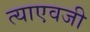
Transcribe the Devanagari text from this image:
त्याएवजी